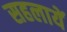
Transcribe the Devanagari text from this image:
सहलायें